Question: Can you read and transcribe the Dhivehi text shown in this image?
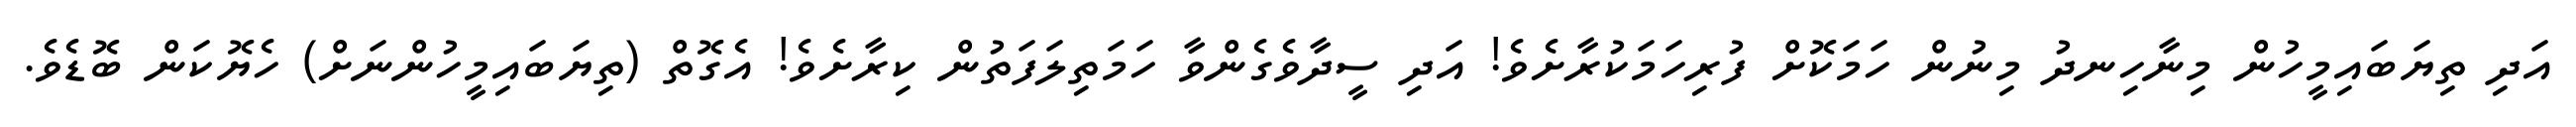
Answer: އަދި ތިޔަބައިމީހުން މިނާހިނދު މިނުން ހަމަކޮށް ފުރިހަމަކުރާށެވެ! އަދި ސީދާވެގެންވާ ހަމަތިލަފަތުން ކިރާށެވެ! އެގޮތް (ތިޔަބައިމީހުންނަށް) ހެޔޮކަން ބޮޑެވެ.